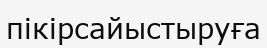
пікірсайыстыруға